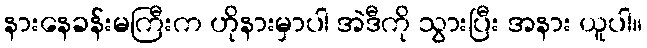
နားနေခန်းမကြီးက ဟိုနားမှာပါ အဲဒီကို သွားပြီး အနား ယူပါ။